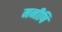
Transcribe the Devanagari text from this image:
मनीषि